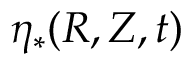
\eta _ { * } ( R , Z , t )